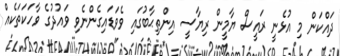
ދައްކަން މި އުޅެނީ ރައީސް ޔާމީން ރިޔާސީ އިންތިޙާބުގައި ވެވަޑައިގެންނެވި ވައުދުގެ ވާހަކަތަކެއް